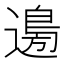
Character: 𮞽